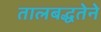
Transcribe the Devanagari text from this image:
तालबद्धतेने